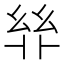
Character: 𢇅